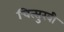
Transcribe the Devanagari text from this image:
चित्सुखी